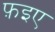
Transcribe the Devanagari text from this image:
फ़इए